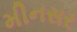
મીનસર